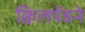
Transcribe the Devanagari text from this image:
क्विलपॅडने